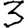
Digit: 3